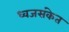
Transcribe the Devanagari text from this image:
ध्वजसंकेत